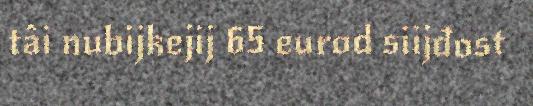
tâi nubijkejij 65 eurod siijđost